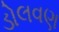
ડોલવણ